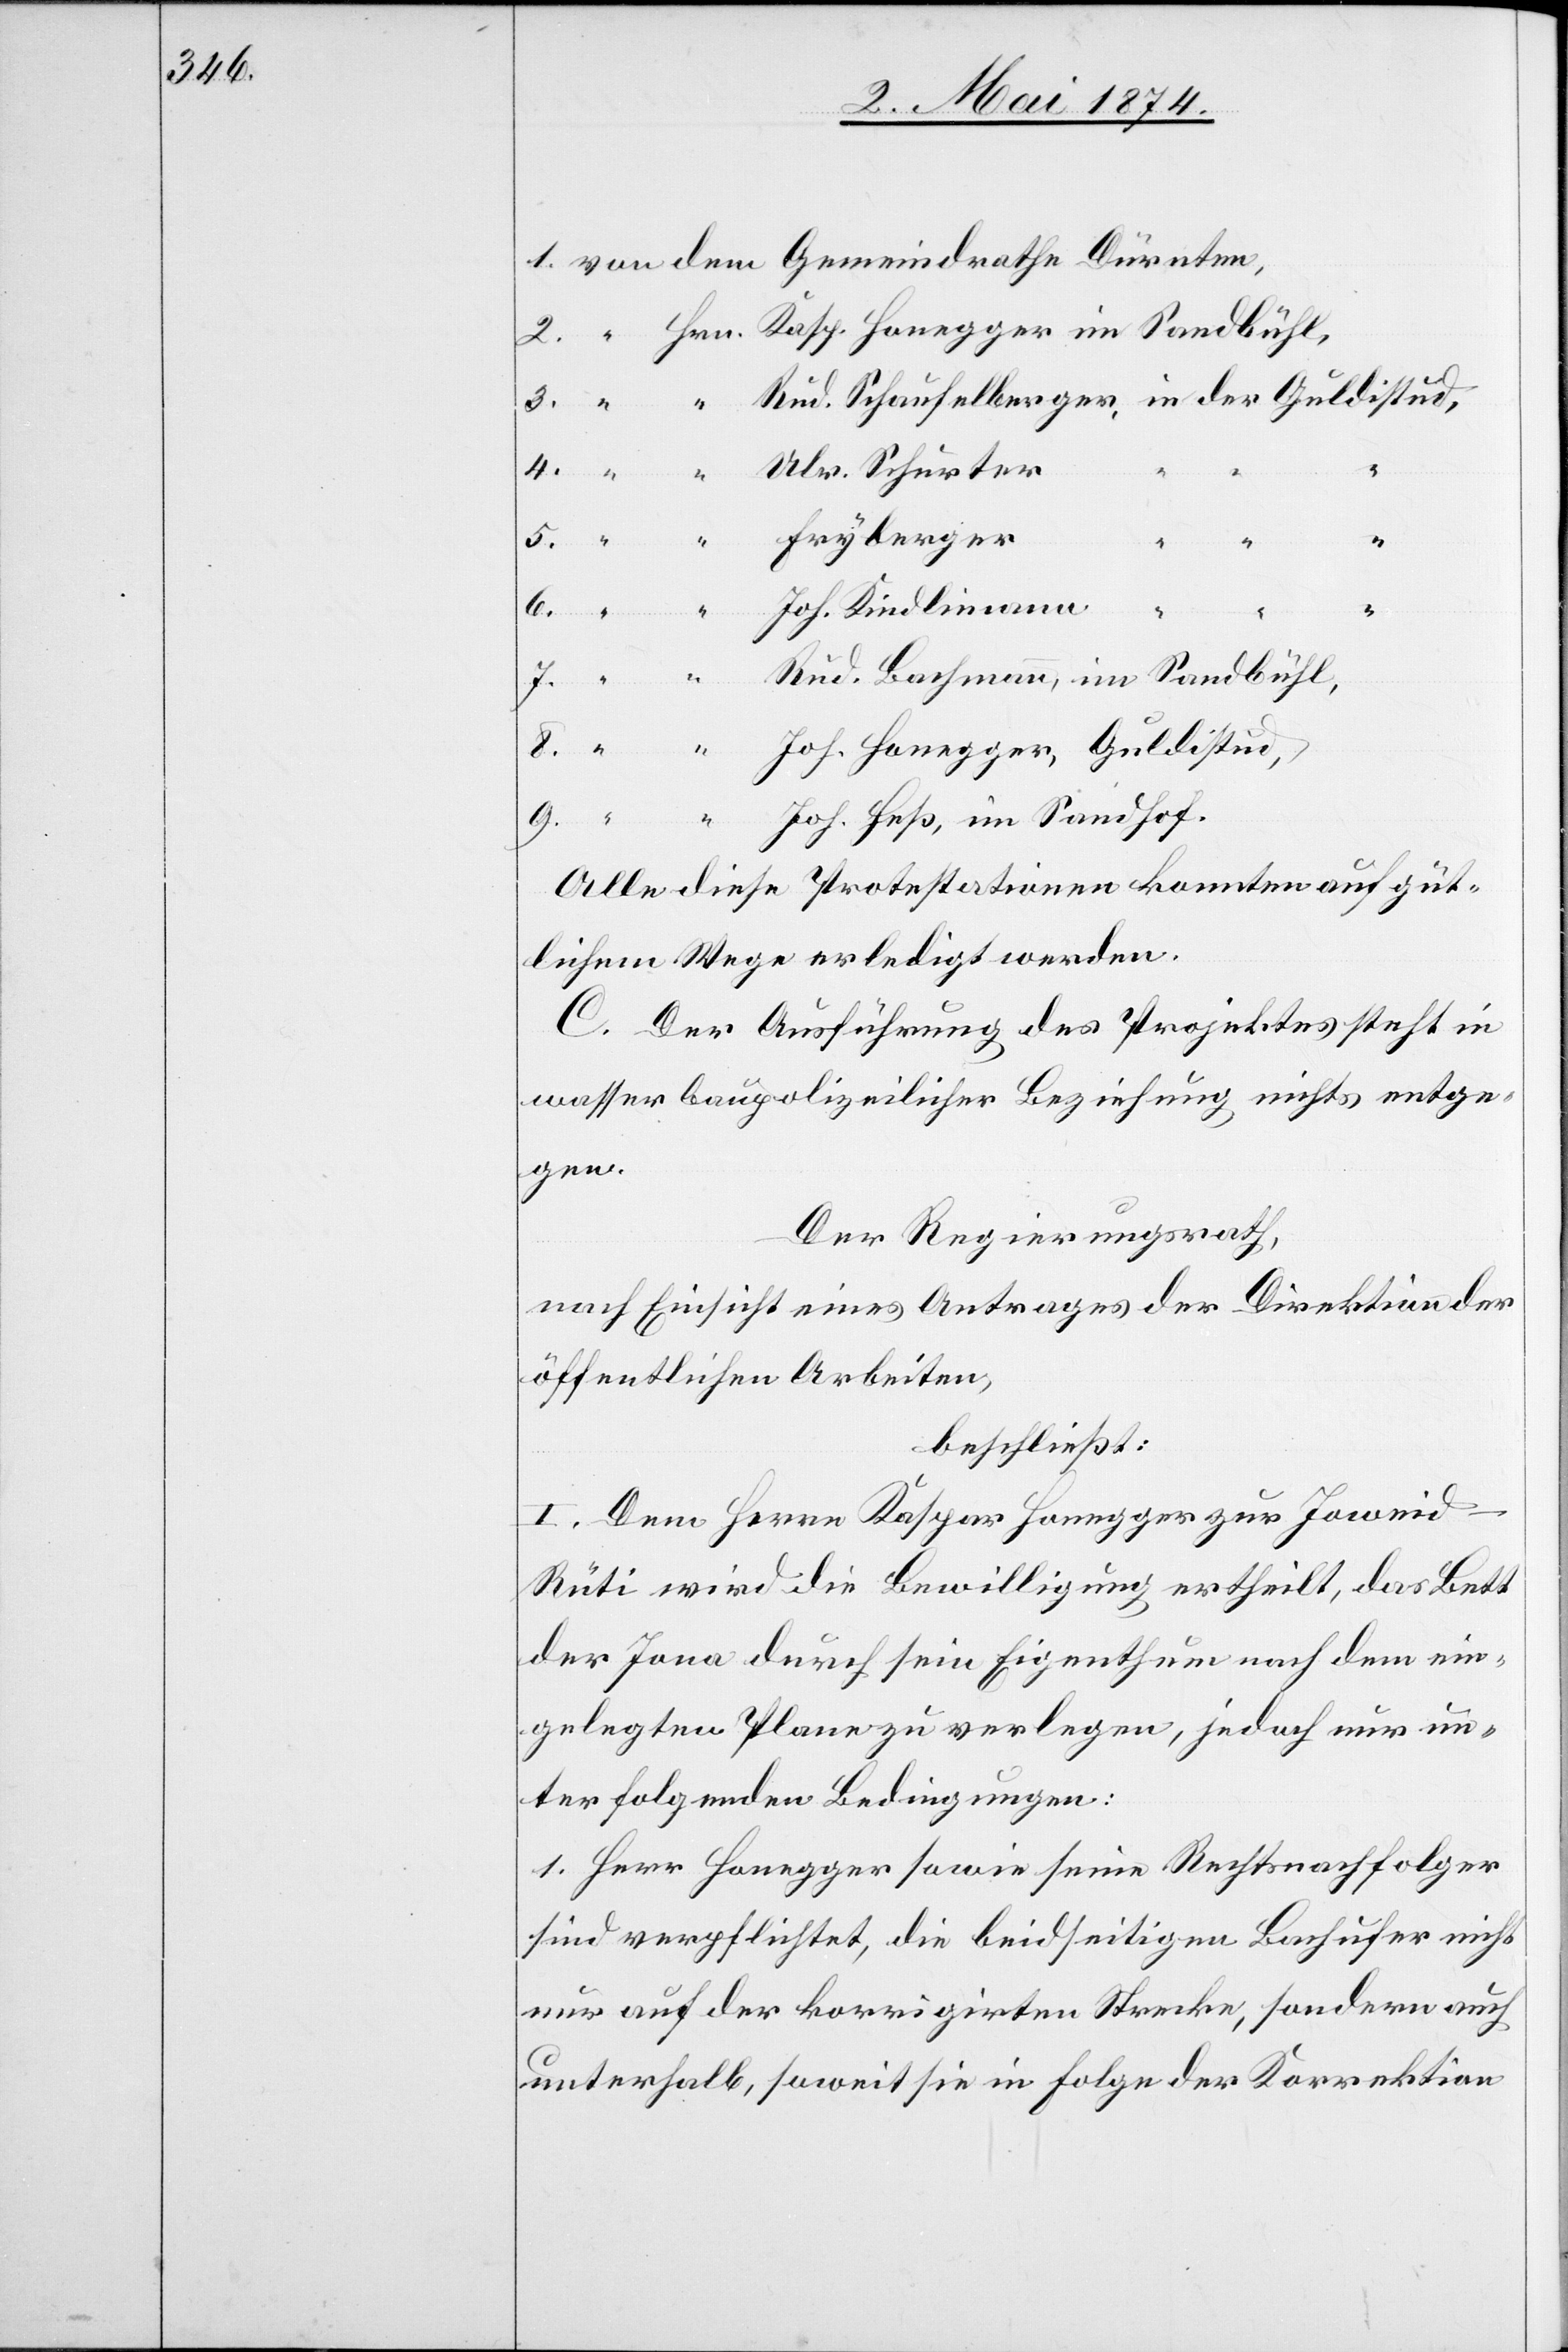
Joh.
Sandhof.
Alle diese Protestationen konnten auf güt¬
lichem Wege erledigt werden.
C. Der Ausführung des Projektes steht in
wasserbaupolizeilicher Beziehung nichts entge¬
gen.
Der Regierungsrath,
nach Einsicht eines Antrages der Direktion der
öffentlichen Arbeiten,
beschließt:
I. Dem Herrn Kaspar Honegger zur Joweid-R¬
üti wird die Bewilligung ertheilt, das Bett
der Jona durch sein Eigenthum nach dem ein¬
gelegten Plane zu verlegen, jedoch nur un¬
ter folgenden Bedingungen:
1. Herr Honegger sowie seine Rechtsnachfolger
sind verpflichtet, die beidseitigen Bachufer nicht
nur auf der korrigirten Strecke, sondern auch
unterhalb, soweit sie in Folge der Korrektion